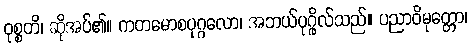
ဝုစ္စတိ၊ ဆိုအပ်၏။ ကတမောစပုဂ္ဂလော၊ အဘယ်ပုဂ္ဂိုလ်သည်။ ပညာဝိမုတ္တော၊